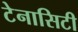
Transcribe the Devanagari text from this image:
टेनासिटी